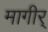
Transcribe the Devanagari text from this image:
मागीर्